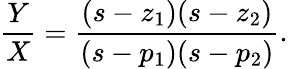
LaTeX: {\frac{Y}{X}}={\frac{(s-z_{1})(s-z_{2})}{(s-p_{1})(s-p_{2})}}.